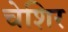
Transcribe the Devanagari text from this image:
चेशिर